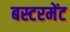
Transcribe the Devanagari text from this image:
बस्टरमेंट